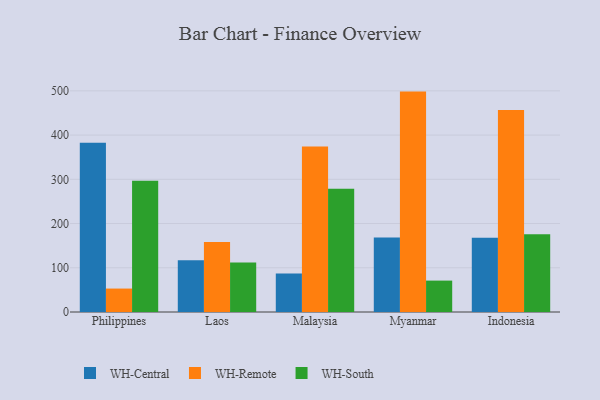
{"axis": {"x": "Country", "y": "Inventory Turnover"}, "legend": ["WH-Central", "WH-Remote", "WH-South"], "data": [{"x": "Philippines", "y": 382.7, "type": "WH-Central"}, {"x": "Philippines", "y": 53.0, "type": "WH-Remote"}, {"x": "Philippines", "y": 296.5, "type": "WH-South"}, {"x": "Laos", "y": 117.2, "type": "WH-Central"}, {"x": "Laos", "y": 158.0, "type": "WH-Remote"}, {"x": "Laos", "y": 111.8, "type": "WH-South"}, {"x": "Malaysia", "y": 87.1, "type": "WH-Central"}, {"x": "Malaysia", "y": 374.0, "type": "WH-Remote"}, {"x": "Malaysia", "y": 278.7, "type": "WH-South"}, {"x": "Myanmar", "y": 168.5, "type": "WH-Central"}, {"x": "Myanmar", "y": 498.3, "type": "WH-Remote"}, {"x": "Myanmar", "y": 71.0, "type": "WH-South"}, {"x": "Indonesia", "y": 168.1, "type": "WH-Central"}, {"x": "Indonesia", "y": 456.7, "type": "WH-Remote"}, {"x": "Indonesia", "y": 175.7, "type": "WH-South"}]}